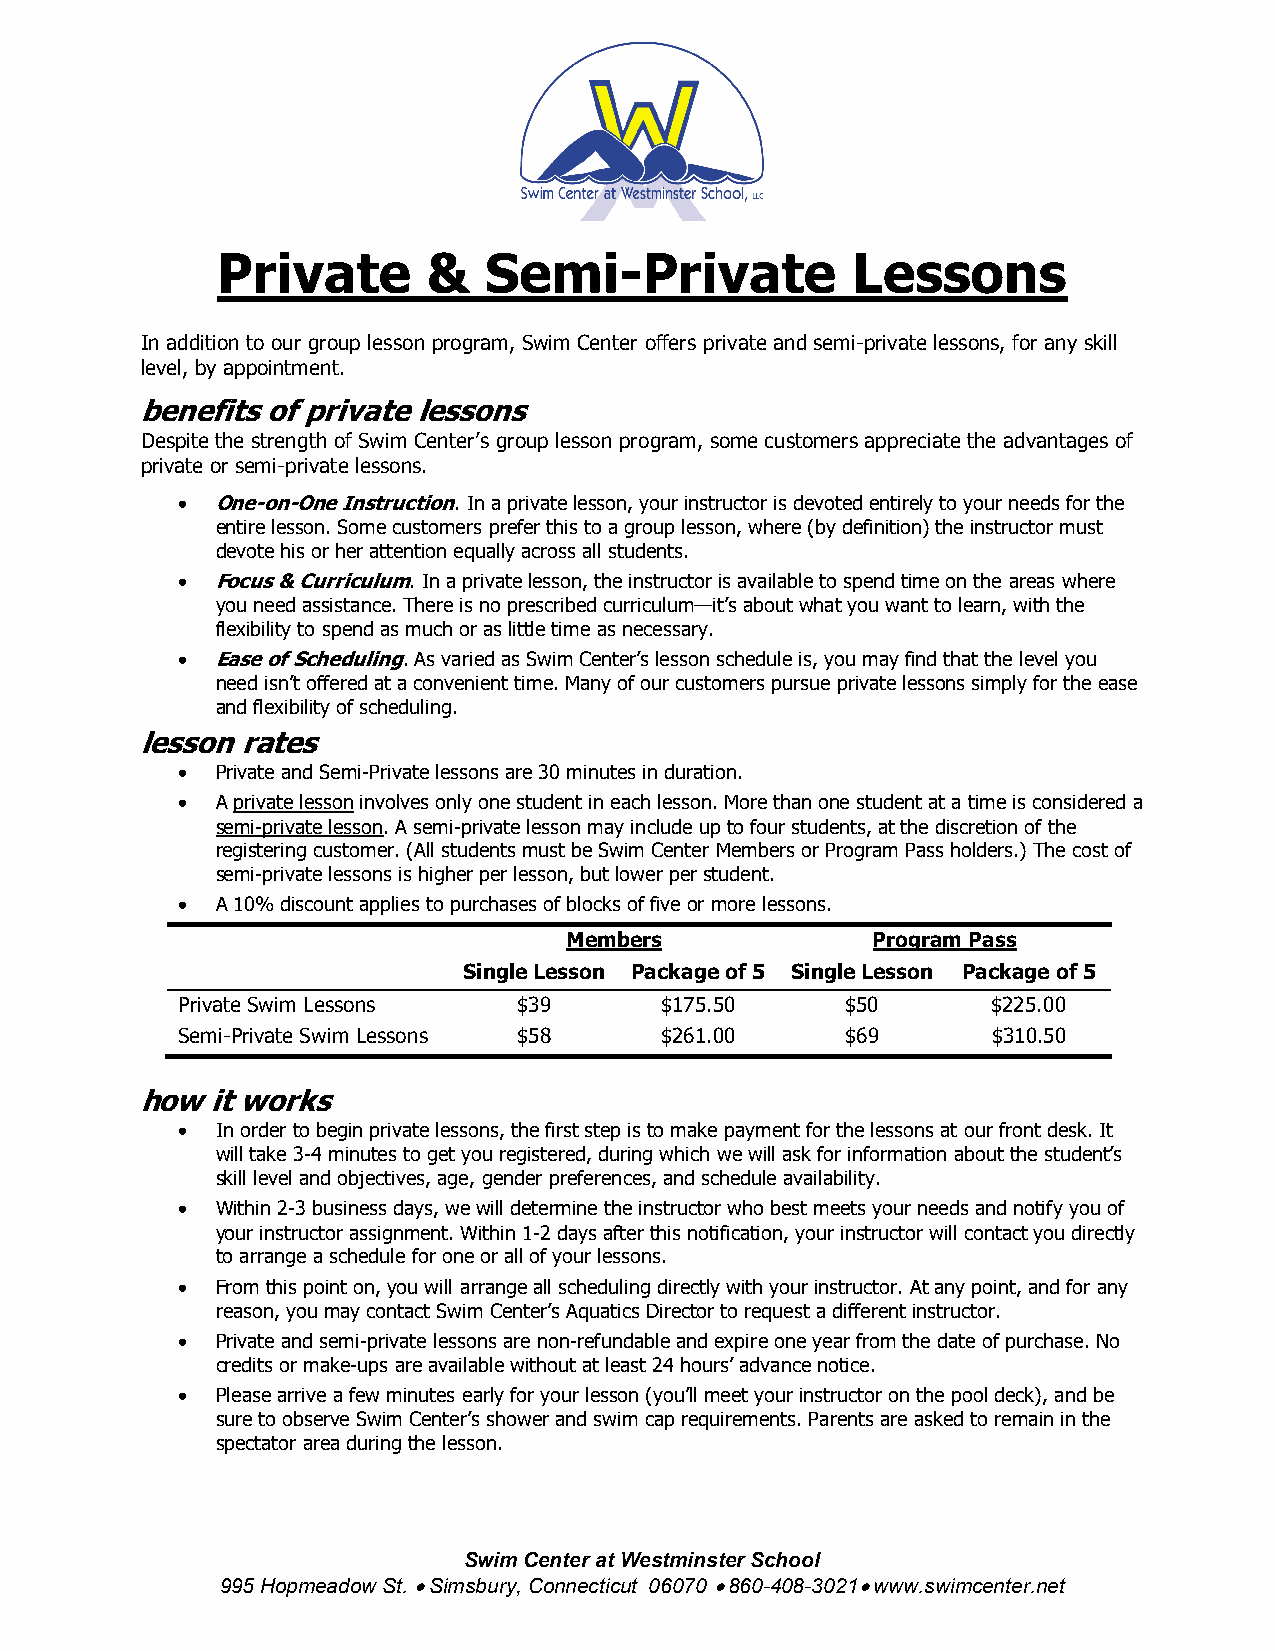
Private       &   Semi-Private            Lessons
 In addition to our group lesson program, Swim Center offers private and semi-private lessons, for any skill
 level, by appointment.
 benefits of private lessons
 Despite the strength of Swim Center’s group lesson program, some customers appreciate the advantages of
 private or semi-private lessons.
  One-on-One Instruction. In a private lesson, your instructor is devoted entirely to your needs for the
 entire lesson. Some customers prefer this to a group lesson, where (by definition) the instructor must
 devote his or her attention equally across all students.
  Focus & Curriculum. In a private lesson, the instructor is available to spend time on the areas where
 you need assistance. There is no prescribed curriculum—it’s about what you want to learn, with the
 flexibility to spend as much or as little time as necessary.
  Ease of Scheduling. As varied as Swim Center’s lesson schedule is, you may find that the level you
 need isn’t offered at a convenient time. Many of our customers pursue private lessons simply for the ease
 and flexibility of scheduling.
 lesson rates
  Private and Semi-Private lessons are 30 minutes in duration.
  A private lesson involves only one student in each lesson. More than one student at a time is considered a
 semi-private lesson. A semi-private lesson may include up to four students, at the discretion of the
 registering customer. (All students must be Swim Center Members or Program Pass holders.) The cost of
 semi-private lessons is higher per lesson, but lower per student.
  A 10% discount applies to purchases of blocks of five or more lessons.
 Members              Program Pass
 Single Lesson Package of 5 Single Lesson Package of 5
 Private Swim Lessons  $39       $175.50     $50       $225.00
 Semi-Private Swim Lessons $58   $261.00     $69       $310.50
 how  it works
  In order to begin private lessons, the first step is to make payment for the lessons at our front desk. It
 will take 3-4 minutes to get you registered, during which we will ask for information about the student’s
 skill level and objectives, age, gender preferences, and schedule availability.
  Within 2-3 business days, we will determine the instructor who best meets your needs and notify you of
 your instructor assignment. Within 1-2 days after this notification, your instructor will contact you directly
 to arrange a schedule for one or all of your lessons.
  From this point on, you will arrange all scheduling directly with your instructor. At any point, and for any
 reason, you may contact Swim Center’s Aquatics Director to request a different instructor.
  Private and semi-private lessons are non-refundable and expire one year from the date of purchase. No
 credits or make-ups are available without at least 24 hours’ advance notice.
  Please arrive a few minutes early for your lesson (you’ll meet your instructor on the pool deck), and be
 sure to observe Swim Center’s shower and swim cap requirements. Parents are asked to remain in the
 spectator area during the lesson.
 Swim Center at Westminster School
 995 Hopmeadow St.  Simsbury, Connecticut 06070  860-408-3021 www.swimcenter.net